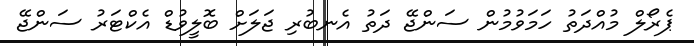
ޕެރޯލް މުއްދަތު ހަމަވުމުން ސަންޖޭ ދަތު އެނބުރި ޖަލަށް ބޮލީވުޑް އެކްޓަރު ސަންޖޭ